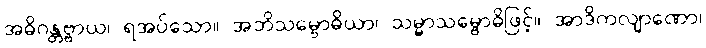
အဓိဂန္တဗ္ဗာယ၊ ရအပ်သော။ အဘိသမ္ဗောဓိယာ၊ သမ္မာသမ္ဗောဓိဖြင့်။ အာဒိကလျာဏော၊